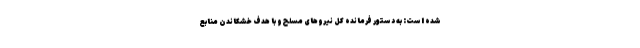
شده است: به دستور فرمانده کل نیروهای مسلح و با هدف خشکاندن منابع